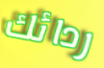
ردائك